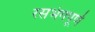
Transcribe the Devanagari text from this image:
रसभंगपूर्ण